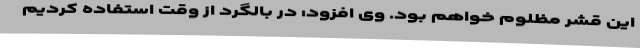
این قشر مظلوم خواهم بود. وی افزود: در بالگرد از وقت استفاده کردیم